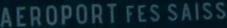
AEROPORT FES SAISSE